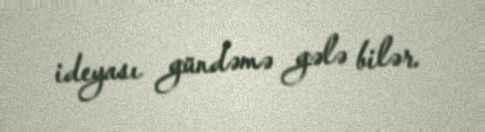
ideyası gündəmə gələ bilər.